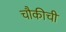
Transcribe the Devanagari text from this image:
चौकीची